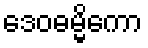
ဒေဝဓမ္မိကော